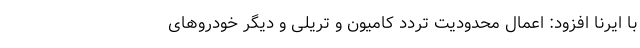
با ایرنا افزود: اعمال محدودیت تردد کامیون و تریلی و دیگر خودروهای